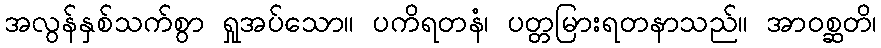
အလွန်နှစ်သက်စွာ ရှုအပ်သော။ ပကိရတနံ၊ ပတ္တမြားရတနာသည်။ အာဝစ္ဆတိ၊